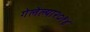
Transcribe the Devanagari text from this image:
गेलेल्या२०१४